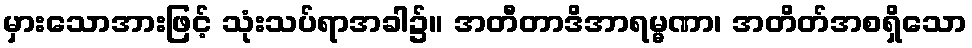
မှားသောအားဖြင့် သုံးသပ်ရာအခါ၌။ အတီတာဒိအာရမ္မဏာ၊ အတိတ်အစရှိသော